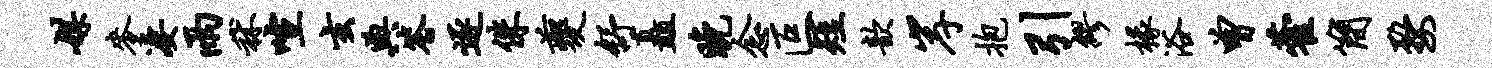
媒麦凄雨秫喧玄典答逐侏夔舒矗晚念叵短歆岸抱引缪椽浴曾藿简婺